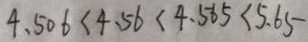
4 . 5 0 6 < 4 . 5 6 < 4 . 5 6 5 < 5 . 6 5